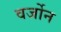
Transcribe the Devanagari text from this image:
वर्जोन